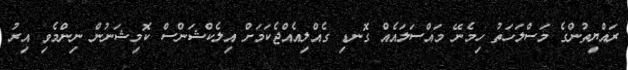
ރައްޔިތުންގެ މަސްލަހަތު ހިމެނޭ މައްސަލައެއް ގޮނޑި ގެއްލިއެއްޖެކަމަށް އިލެކްޝަންސް ކޮމިޝަނުން ނިންމެވި އިރު